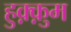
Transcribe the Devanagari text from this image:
हुक़्क़ुम